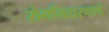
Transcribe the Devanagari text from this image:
रोगनिवारणार्थ